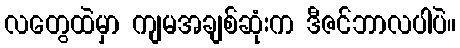
လတွေထဲမှာ ကျမအချစ်ဆုံးက ဒီဇင်ဘာလပါပဲ။